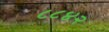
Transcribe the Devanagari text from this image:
८८४२